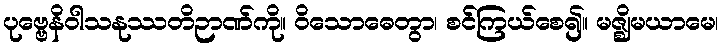
ပုဗ္ဗေနိဝါသနုဿတိဉာဏ်ကို။ ဝိသောဓေတွာ၊ စင်ကြယ်စေ၍။ မဇ္ဈိမယာမေ၊